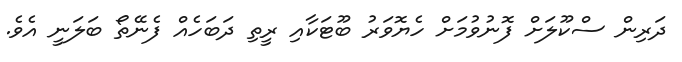
ދަރިން ސްކޫލަށް ފޮނުވުމަށް ހެޔޮވަރު ބޫޓަކާއި ރީތި ދަބަހެއް ފެނޭތޯ ބަލަނީ އެވެ.